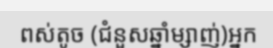
ពស់តូច (ជំនួសឆ្នាំម្សាញ់)អ្នក